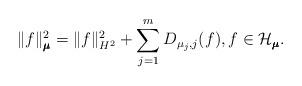
LaTeX: \begin{align*}\|f\|_{\pmb{\mu}}^2 = \|f\|^2_{H^2}+\sum\limits_{j=1}^m D_{\mu_j,j}(f),f\in \mathcal H_{\pmb{\mu}}.\end{align*}